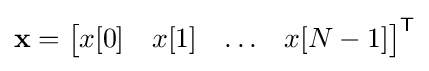
\mathbf {x} ={\begin{bmatrix}x[0]&x[1]&\ldots &x[N-1]\end{bmatrix}}^{\textsf {T}}